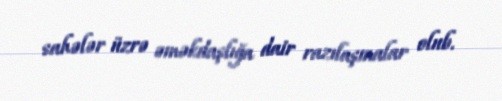
sahələr üzrə əməkdaşlığa dair razılaşmalar olub.